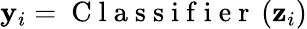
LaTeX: {\mathbf{y}}_{i}=\mathrm{~C~l~a~s~s~i~f~i~e~r~}\left(\mathbf{z}_{i}\right)